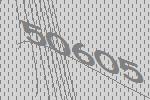
50605